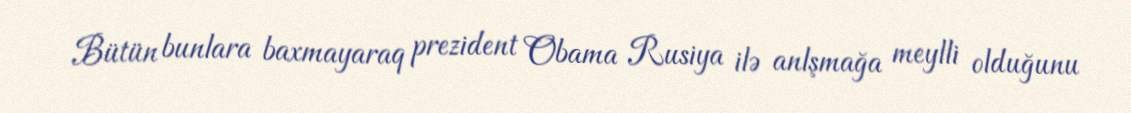
Bütün bunlara baxmayaraq prezident Obama Rusiya ilə anlşmağa meylli olduğunu